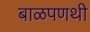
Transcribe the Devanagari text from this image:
बाळपणथी